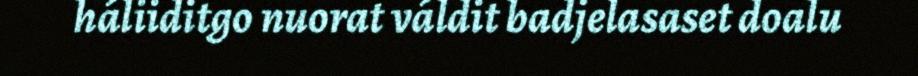
háliiditgo nuorat váldit badjelasaset doalu